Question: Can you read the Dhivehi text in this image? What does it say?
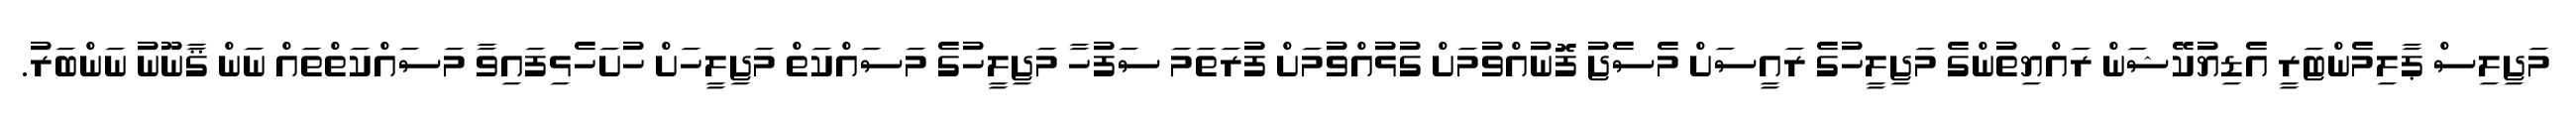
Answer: މަޖިލިސް ޕާލިމެންޓަރީ އެޑިޔުކޭޝަން ރައްޔިތުންގެ މަޖިލީހުގެ ރައީސަށް މެސެޖު ފޮނުއްވުމަށް ގުޅުއްވުމަށް ފުރަތަމަ ސަފުހާ މަޖިލީހުގެ މަސައްކަތް މަޖިލީހަށް ހުށަހެޅިފައިވާ މަސައްކަތްތައް ނަން ޤާނޫނު ނަންބަރު.